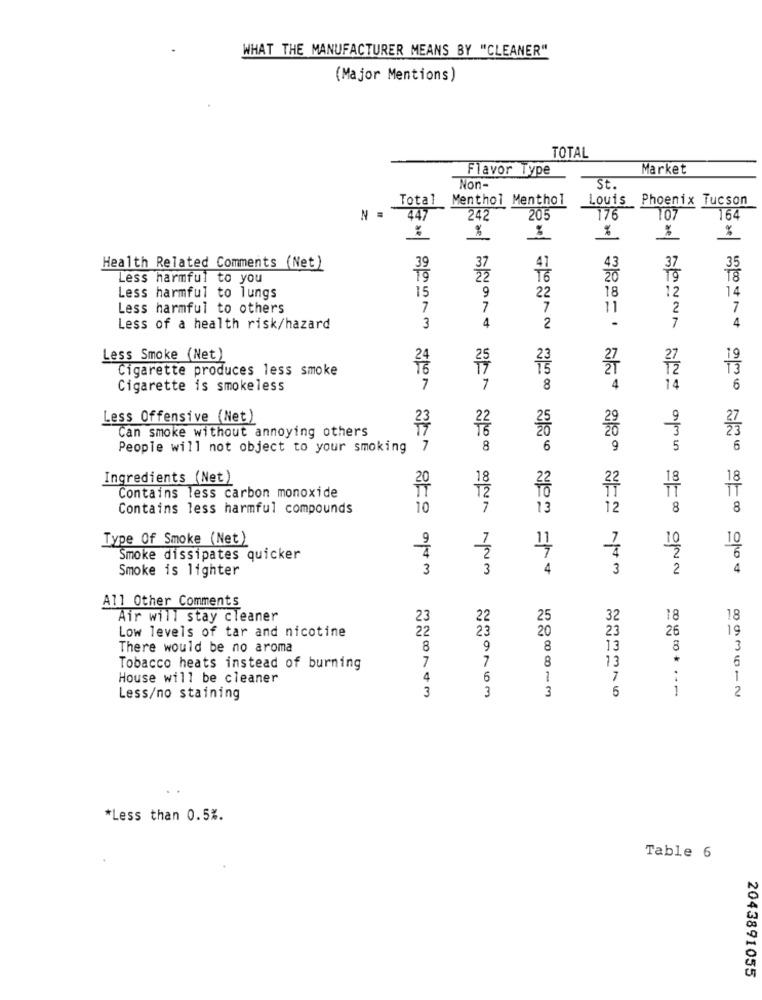
WHAT THE MANUFACTURER MEANS BY "CLEANER"
(Major Mentions)
TOTAL
Flavor Type
Market
Non-
St.
Total
Menthol Menthol
Louis Phoenix Tucson
N =
447
242
205
176
107
164
%
%
%
%
39
35
Health Related Comments (Net)
37
43
37
Less harmful to you
20
15
9
18
14
Less harmful to lungs
22
12
Less harmful to others
7
7
7
11
2
7
.
7
Less of a health risk/hazard
3
4
2
4
Less Smoke (Net)
19
Cigarette produces less smoke
25
IT'S
27
Cigarette is smokeless
7
7
8
4
14
6
Less Offensive (Net)
Can smoke without annoying others
25
People will not object to your smoking
7
8
6
9
5
6
NATO 00 =/00
Ingredients (Net)
18
18
Contains less carbon monoxide
20
22
22
TT
12
Contains less harmful compounds
10
7
13
12
8
8
Type Of Smoke (Net)
9
7
10
4
Smoke dissipates quicker
2
Smoke is lighter
3
3
4
3
2
4
All Other Comments
Air will stay cleaner
23
22
25
32
18
18
Low levels of tar and nicotine
22
23
20
23
26
19
There would be no aroma
8
9
8
13
8
3
7
7
13
6
Tobacco heats instead of burning
8
House will be cleaner
4
6
1
7
1
3
3
3
5
1
2
Less/no staining
*Less than 0.5%.
Table 6
2043891055